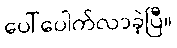
ပေါ်ပေါက်လာခဲ့ပြီ။